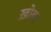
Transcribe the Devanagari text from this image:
ख़ोबर